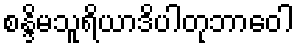
စန္ဒိမသူရိယာဒိပါတုဘာဝေါ